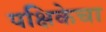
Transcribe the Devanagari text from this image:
पक्षिकेचा